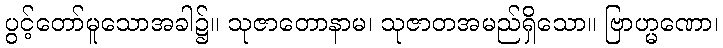
ပွင့်တော်မူသောအခါ၌။ သုဇာတောနာမ၊ သုဇာတအမည်ရှိသော။ ဗြာဟ္မဏော၊